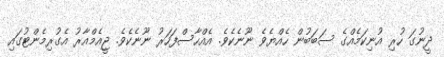
ދީނުގަ ހުރި އުނިކަމެއްގެ ސަބަބުން ހެއްޔެވެ ނޫނެކެވެ. އެއްހާސްފަހަރު ނޫނެކެވެ. ޖީއެމްއާރު އެގުރިމެންޓުގައި